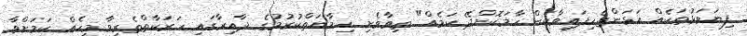
ފިޔަވަޅުތަކެއް އަޅަންޖެހިފައިވާކަން ހާމަކޮށްދޭ ކަމެއް" ތިވާވެށި ހިމާޔަތްކުރުމުގެ ދާއިރާގައި ހަރަކާތްތެރިވާ މީހެއް ކަމަށްވާ